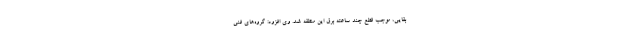
بقایی، موجب قطع چند ساعته برق این منطقه شد. وی افزود: گروه‌های فنی